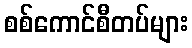
စစ်ကောင်စီတပ်များ